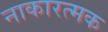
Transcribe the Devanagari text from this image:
नाकारत्मक